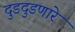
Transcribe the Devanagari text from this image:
दुडदुडणारे